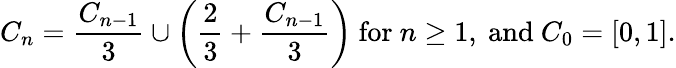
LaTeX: C_{n}={\frac{C_{n-1}}{3}}\cup\left({\frac{2}{3}}+{\frac{C_{n-1}}{3}}\right){\mathrm{~for~}}n\geq 1,{\mathrm{~and~}}C_{0}=[0,1].